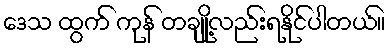
ဒေသ ထွက် ကုန် တချို့လည်းရနိုင်ပါတယ်။